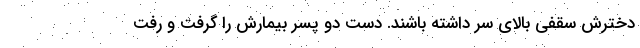
دخترش سقفی بالای سر داشته باشند. دست دو پسر بیمارش را گرفت و رفت